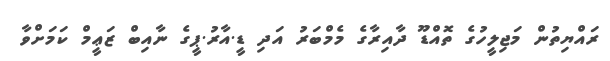
ރައްޔިތުން މަޖިލީހުގެ ތޮއްޑޫ ދާއިރާގެ މެމްބަރު އަދި ޑީ.އާރު.ޕީގެ ނާއިބް ޒަޢީމް ކަމަށްވާ